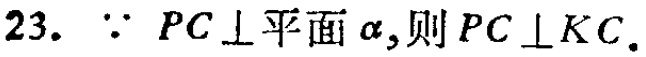
23. $\because PC\perp 平面\alpha,则PC\perp KC.$